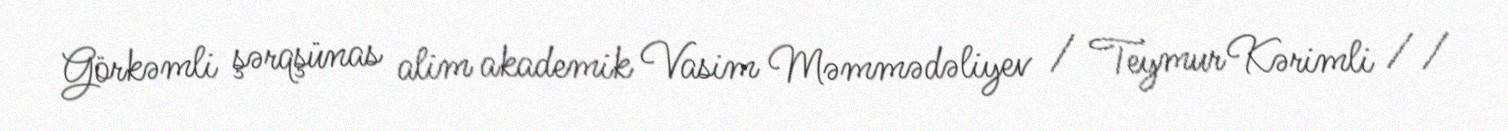
Görkəmli şərqşünas alim akademik Vasim Məmmədəliyev / Teymur Kərimli //